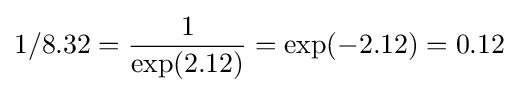
1/8.32={\frac {1}{\exp(2.12)}}=\exp(-2.12)=0.12